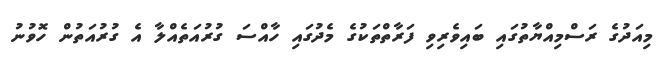
މިއަދުގެ ރަސްމިއްޔާތުގައި ބައިވެރިވި ފަރާތްތަކުގެ މެދުގައި ހާއްސަ ގުރުއަތެއްލާ އެ ގުރުއަތުން ހޮވުނު